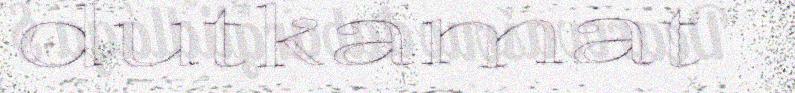
dutkamat